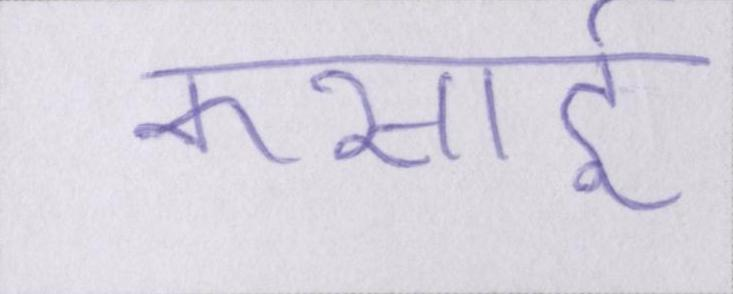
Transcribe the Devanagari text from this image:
कसाई